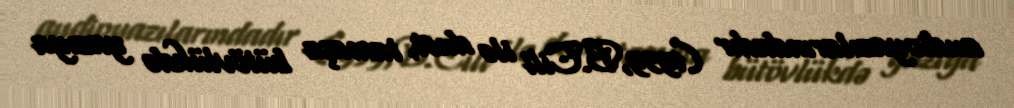
audioyazılarındadır (1939,B.Cili ilə duet, tamaşa bütövlükdə yazıya